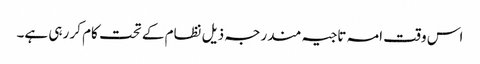
اس وقت امہ تاجیہ مندرجہ ذیل نظام کے تحت کام کر رہی ہے۔